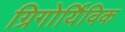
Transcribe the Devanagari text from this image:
ग्रिगोर्यिविक